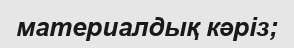
материалдық кәріз;